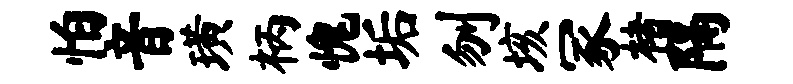
怕音璜柄愧垢刎垓冢楮隔